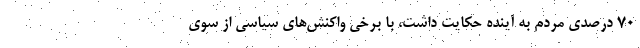
۷۰ درصدی مردم به آینده حکایت داشت، با برخی واکنش‌های سیاسی از سوی